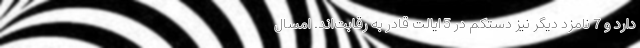
دارد و 7 نامزد دیگر نیز دستکم در 5 ایالت قادر به رقابت‌اند. امسال